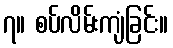
၇။ စပ်လိမ်းကျံခြင်း။